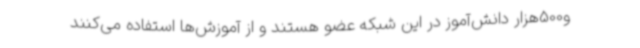
و500هزار دانش‌آموز در این شبکه عضو هستند و از آموزش‌ها استفاده می‌کنند